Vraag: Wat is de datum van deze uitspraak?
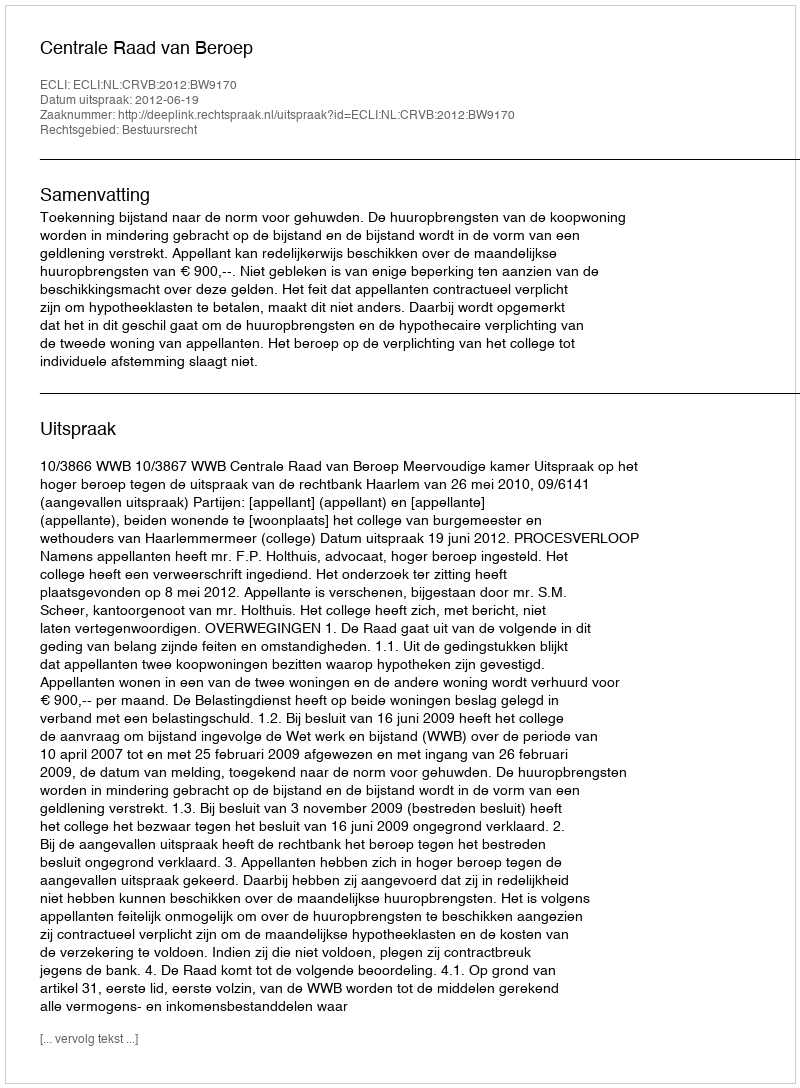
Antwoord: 2012-06-19